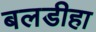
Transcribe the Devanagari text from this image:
बलडीहा